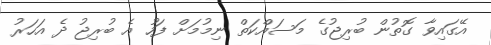
އޭގައިވާ ގޮތުން ބުރިޖުގެ މަސައްކަތް ނިމުމަށް ފަހު އެ ބުރިޖު ދެ އަހަރު